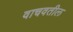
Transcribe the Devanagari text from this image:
वाचवतील